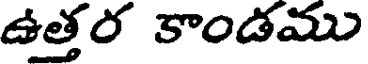
ఉత్తర కాండము